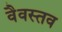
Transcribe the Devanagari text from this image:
वैवस्तव